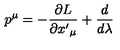
p ^ { \mu } = - \frac { \partial L } { \partial { x ^ { \prime } } _ { \mu } } + \frac { d } { d \lambda }